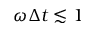
\omega \Delta t \lesssim 1